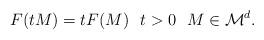
LaTeX: \begin{align*}F(tM) = tF(M) \ \ t>0 \ \ M \in \mathcal{M}^d.\end{align*}